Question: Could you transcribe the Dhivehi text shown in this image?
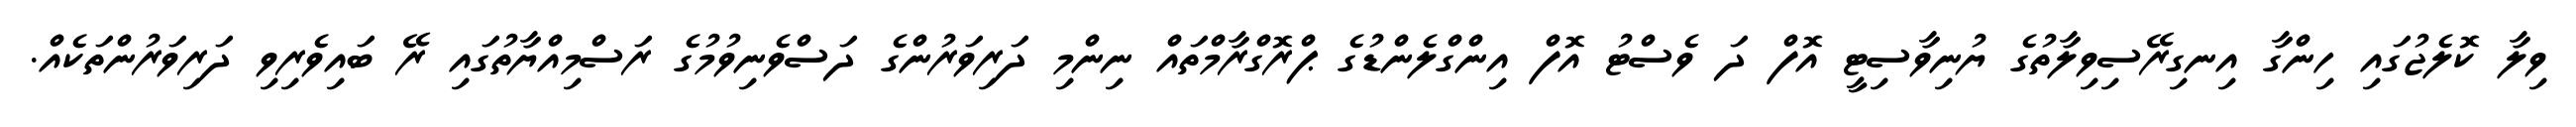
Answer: ވިލާ ކޮލެޖުގައި ހިންގާ އިނގިރޭސިވިލާތުގެ ޔުނިވާސިޓީ އޮފް ދަ ވެސްޓު އޮފް އިންގްލެންޑުގެ ޕްރޮގްރާމްތައް ނިންމި ދަރިވަރުންގެ ދަސްވެނިވުމުގެ ރަސްމިއްޔާތުގައި ރޭ ބައިވެރިވި ދަރިވަރުންތަކެއް.